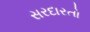
સરદારતો